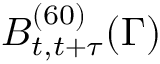
B _ { t , t + \tau } ^ { ( 6 0 ) } ( \Gamma )